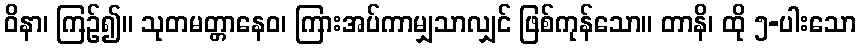
ဝိနာ၊ ကြဉ်၍။ သုတမတ္တာနေဝ၊ ကြားအပ်ကာမျှသာလျှင် ဖြစ်ကုန်သော။ တာနိ၊ ထို ၅-ပါးသော